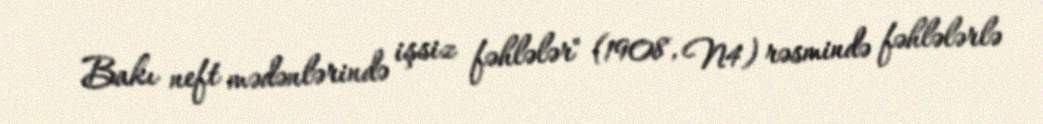
Bakı neft mədənlərində işsiz fəhlələr" (1908, N4) rəsmində fəhlələrlə